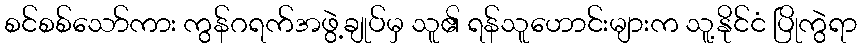
စင်စစ်သော်ကား ကွန်ဂရက်အဖွဲ့ချုပ်မှ သူ၏ ရန်သူဟောင်းများက သူ့နိုင်ငံ ပြိုကွဲရာ